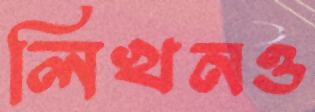
লিখনও